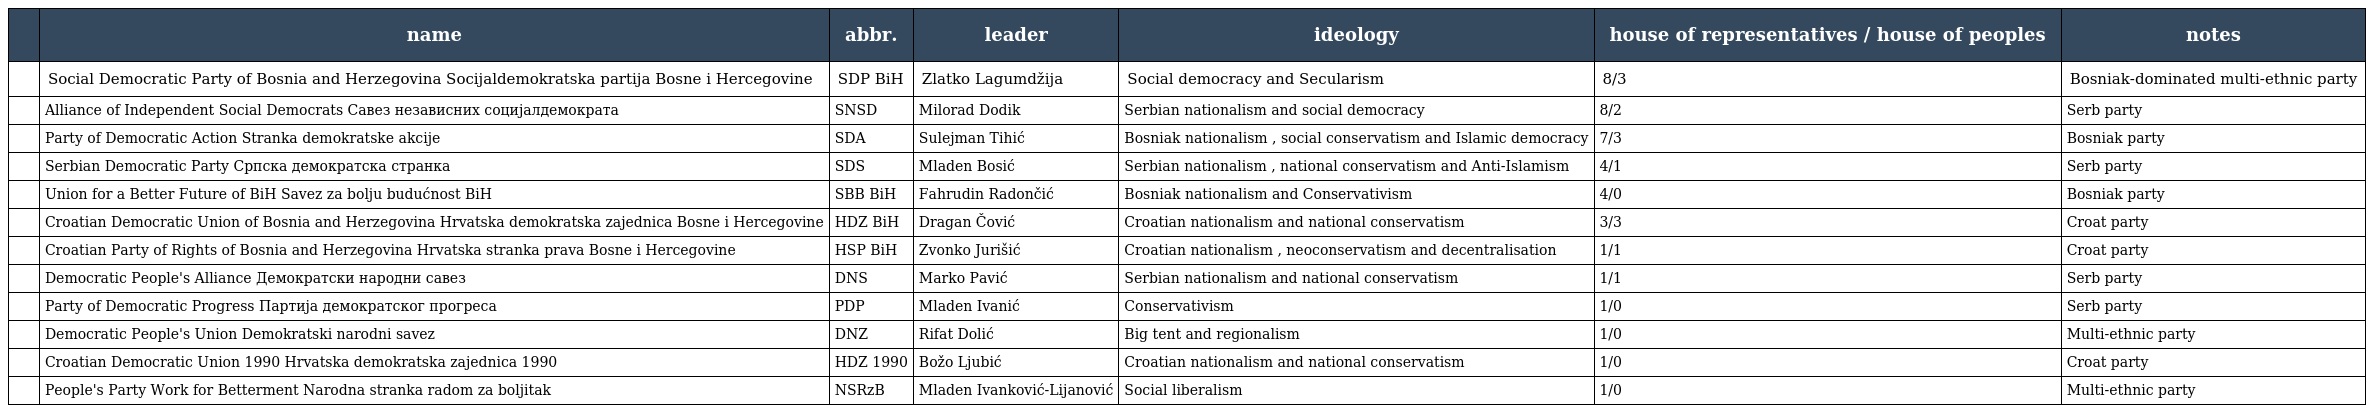
|  | name | abbr. | leader | ideology | house of representatives / house of peoples | notes |
 | --- | --- | --- | --- | --- | --- | --- |
 |  | Social Democratic Party of Bosnia and Herzegovina Socijaldemokratska partija Bosne i Hercegovine | SDP BiH | Zlatko Lagumdžija | Social democracy and Secularism | 8/3 | Bosniak-dominated multi-ethnic party |
 |  | Alliance of Independent Social Democrats Савез независних социјалдемократа | SNSD | Milorad Dodik | Serbian nationalism and social democracy | 8/2 | Serb party |
 |  | Party of Democratic Action Stranka demokratske akcije | SDA | Sulejman Tihić | Bosniak nationalism , social conservatism and Islamic democracy | 7/3 | Bosniak party |
 |  | Serbian Democratic Party Српска демократска странка | SDS | Mladen Bosić | Serbian nationalism , national conservatism and Anti-Islamism | 4/1 | Serb party |
 |  | Union for a Better Future of BiH Savez za bolju budućnost BiH | SBB BiH | Fahrudin Radončić | Bosniak nationalism and Conservativism | 4/0 | Bosniak party |
 |  | Croatian Democratic Union of Bosnia and Herzegovina Hrvatska demokratska zajednica Bosne i Hercegovine | HDZ BiH | Dragan Čović | Croatian nationalism and national conservatism | 3/3 | Croat party |
 |  | Croatian Party of Rights of Bosnia and Herzegovina Hrvatska stranka prava Bosne i Hercegovine | HSP BiH | Zvonko Jurišić | Croatian nationalism , neoconservatism and decentralisation | 1/1 | Croat party |
 |  | Democratic People's Alliance Демократски народни савез | DNS | Marko Pavić | Serbian nationalism and national conservatism | 1/1 | Serb party |
 |  | Party of Democratic Progress Партија демократског прогреса | PDP | Mladen Ivanić | Conservativism | 1/0 | Serb party |
 |  | Democratic People's Union Demokratski narodni savez | DNZ | Rifat Dolić | Big tent and regionalism | 1/0 | Multi-ethnic party |
 |  | Croatian Democratic Union 1990 Hrvatska demokratska zajednica 1990 | HDZ 1990 | Božo Ljubić | Croatian nationalism and national conservatism | 1/0 | Croat party |
 |  | People's Party Work for Betterment Narodna stranka radom za boljitak | NSRzB | Mladen Ivanković-Lijanović | Social liberalism | 1/0 | Multi-ethnic party |